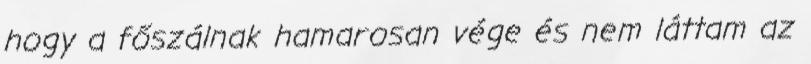
hogy a főszálnak hamarosan vége és nem láttam az